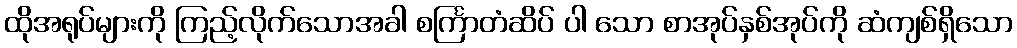
ထိုအရုပ်များကို ကြည့်လိုက်သောအခါ စင်္ကြာတံဆိပ် ပါ သော စာအုပ်နှစ်အုပ်ကို ဆံကျစ်ရှိသော